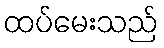
ထပ်မေးသည်